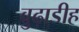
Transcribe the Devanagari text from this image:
बुढ़ाडीह